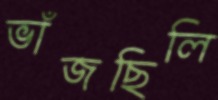
ভাঁজছিলি